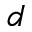
d